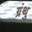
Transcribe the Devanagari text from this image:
ग्रंथु